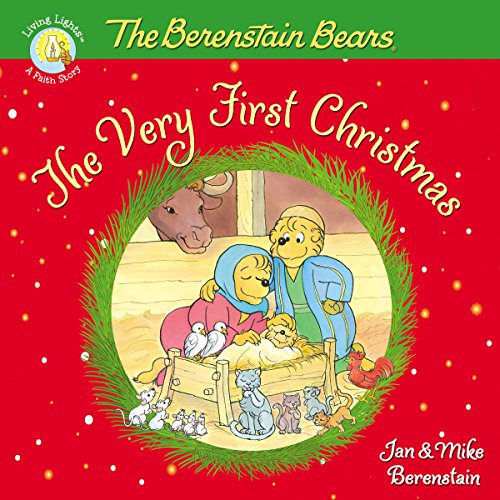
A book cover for The Berenstain Bears, The Very First Christmas (Berenstain Bears/Living Lights); Jan & Mike Berenstain; Education & Teaching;